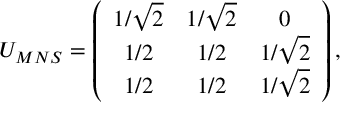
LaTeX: U _ { M N S } = \left( \begin{array} { c c c } { { 1 / \sqrt { 2 } } } & { { 1 / \sqrt { 2 } } } & { { 0 } } \\ { { 1 / 2 } } & { { 1 / 2 } } & { { 1 / \sqrt { 2 } } } \\ { { 1 / 2 } } & { { 1 / 2 } } & { { 1 / \sqrt { 2 } } } \end{array} \right) ,